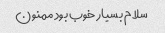
سلام بسیار خوب بود ممنون